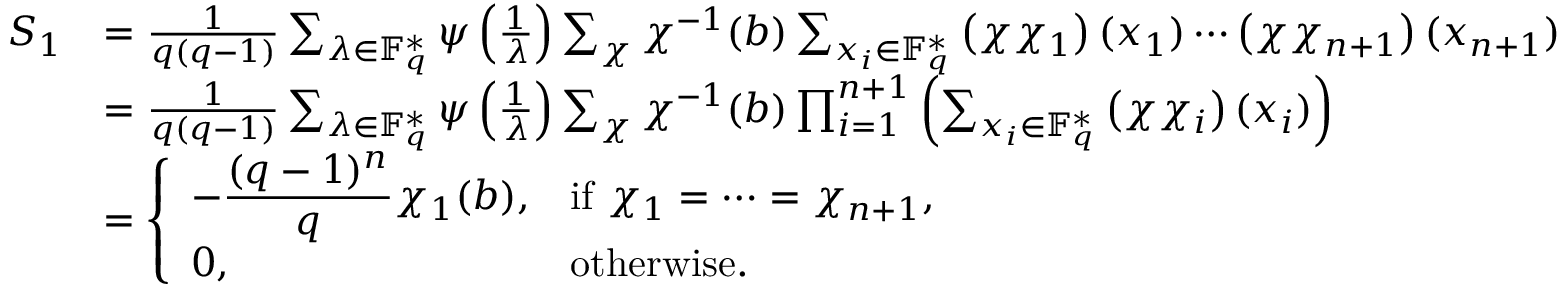
\begin{array} { r l } { S _ { 1 } } & { = \frac { 1 } { q ( q - 1 ) } \sum _ { \lambda \in \mathbb { F } _ { q } ^ { * } } \psi \left( \frac { 1 } { \lambda } \right) \sum _ { \chi } \chi ^ { - 1 } ( b ) \sum _ { x _ { i } \in \mathbb { F } _ { q } ^ { * } } \left( \chi \chi _ { 1 } \right) ( x _ { 1 } ) \cdots \left( \chi \chi _ { n + 1 } \right) ( x _ { n + 1 } ) } \\ & { = \frac { 1 } { q ( q - 1 ) } \sum _ { \lambda \in \mathbb { F } _ { q } ^ { * } } \psi \left( \frac { 1 } { \lambda } \right) \sum _ { \chi } \chi ^ { - 1 } ( b ) \prod _ { i = 1 } ^ { n + 1 } \left( \sum _ { x _ { i } \in \mathbb { F } _ { q } ^ { * } } \left( \chi \chi _ { i } \right) ( x _ { i } ) \right) } \\ & { = \left\{ \begin{array} { l l } { \displaystyle - \frac { ( q - 1 ) ^ { n } } { q } \chi _ { 1 } ( b ) , } & { \mathrm { i f } \ \chi _ { 1 } = \cdots = \chi _ { n + 1 } , } \\ { \displaystyle 0 , } & { \mathrm { o t h e r w i s e } . } \end{array} \right. } \end{array}